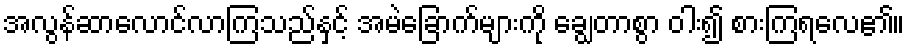
အလွန်ဆာလောင်လာကြသည်နှင့် အမဲခြောက်များကို ချွေတာစွာ ဝါး၍ စားကြရလေ၏။